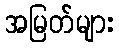
အမြတ်များ